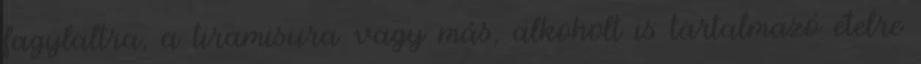
fagylaltra, a tiramisura vagy más, alkoholt is tartalmazó ételre